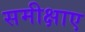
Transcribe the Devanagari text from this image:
समीक्षाए